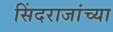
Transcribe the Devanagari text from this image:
सिंदराजांच्या